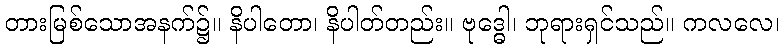
တားမြစ်သောအနက်၌။ နိပါတော၊ နိပါတ်တည်း။ ဗုဒ္ဓေါ၊ ဘုရားရှင်သည်။ ကလလေ၊